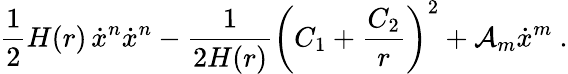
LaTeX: \frac{1}{2}H(r)\, \dot{x}^{n}\dot{x}^{n}-\frac{1}{2H(r)}\biggl(C_{1}+\frac{C_{2}}{r}\biggr)^{2}+{\cal A}_{m}\dot{x}^{m}\ .